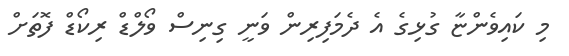
މި ކައިވެންޏާ ގުޅިގެ އެ ދެމަފިރިން ވަނީ ގިނިސް ވޯލްޑް ރިކޯޑް ފޮތަށް